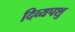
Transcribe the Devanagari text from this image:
दिव्यपशु